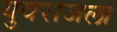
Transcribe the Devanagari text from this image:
युवराजला